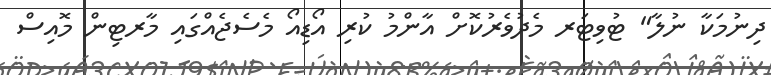
ދިނުމަކާ ނުލާ" ޓުވިޓަރ މެދުވެރުކޮށް އާންމު ކުރި އޯޑިއޯ މެސެޖެއްގައި މާރޓިން މޮއިސް